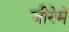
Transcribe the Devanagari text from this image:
जीनेमें